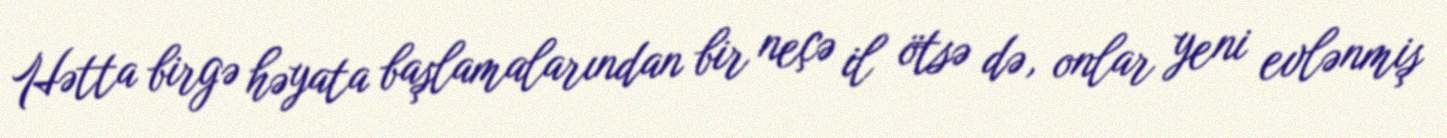
Hətta birgə həyata başlamalarından bir neçə il ötsə də, onlar yeni evlənmiş